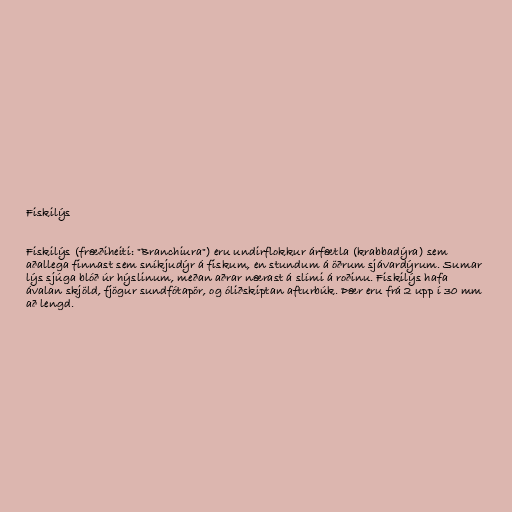
Fiskilýs

Fiskilýs (fræðiheiti: "Branchiura") eru undirflokkur árfætla (krabbadýra) sem
aðallega finnast sem sníkjudýr á fiskum, en stundum á öðrum sjávardýrum. Sumar
lýs sjúga blóð úr hýslinum, meðan aðrar nærast á slími á roðinu. Fiskilýs hafa
ávalan skjöld, fjögur sundfótapör, og óliðskiptan afturbúk. Þær eru frá 2 upp í 30 mm
að lengd.